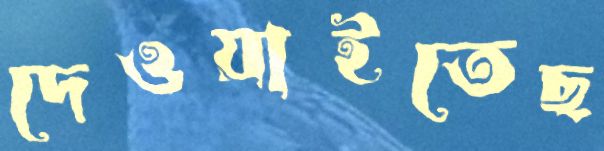
দেওয়াইতেছ